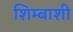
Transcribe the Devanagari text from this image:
शिम्बाशी